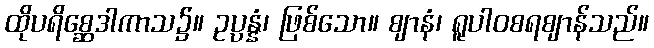
ထိုပရိစ္ဆေဒါကာသ၌။ ဥပ္ပန္နံ၊ ဖြစ်သော။ ဈာနံ၊ ရူပါဝစရဈာန်သည်။